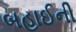
બહાઈની